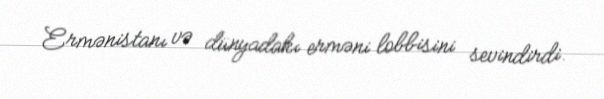
Ermənistanı və dünyadakı erməni lobbisini sevindirdi.